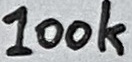
Text: 100k